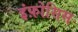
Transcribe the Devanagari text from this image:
इंफ़ोसिस